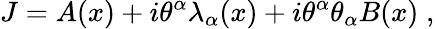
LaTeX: J=A(x)+i\theta^{\alpha}\lambda_{\alpha}(x)+i\theta^{\alpha}\theta_{\alpha}B(x)\; ,